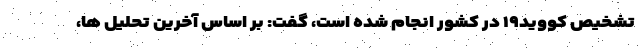
تشخیص کووید۱۹ در کشور انجام شده است، گفت: بر اساس آخرین تحلیل ها،